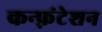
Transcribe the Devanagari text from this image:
कन्फ़्रंटेशन